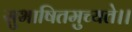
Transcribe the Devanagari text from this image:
सुभाषितमुच्यते।।